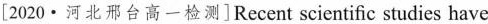
[2020 · 河北邢台高一检测]Recent scientific studies have